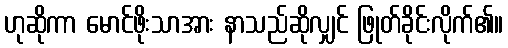
ဟုဆိုကာ မောင်ဖိုးသာအား နာသည်ဆိုလျှင် ဖြုတ်ခိုင်းလိုက်၏။